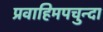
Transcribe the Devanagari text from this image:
प्रवाहिमपचुन्दा